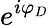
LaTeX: e^{i\varphi_{D}}